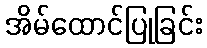
အိမ်ထောင်ပြုခြင်း